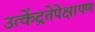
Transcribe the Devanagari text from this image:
उत्केंद्रतेपेक्षापण